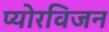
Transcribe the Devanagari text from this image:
प्योरविजन